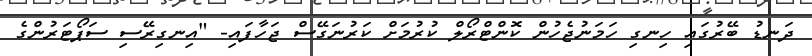
ދަނޑު ބޭރުގައި ހިނގި ހަމަނުޖެހުން ކޮންޓްރޯލް ކުރުމަށް ކަރުނަގޭސް ޖަހާފައި- "އިނގިރޭސި ސަޕޯޓަރުންގެ